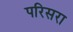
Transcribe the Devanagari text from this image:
परिसरा